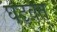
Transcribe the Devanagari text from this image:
घटवत्